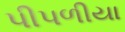
પીપળીયા